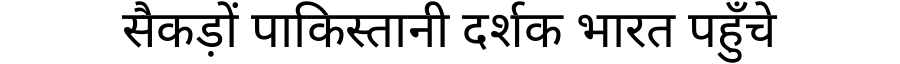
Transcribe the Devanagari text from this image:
सैकड़ों पाकिस्तानी दर्शक भारत पहुँचे